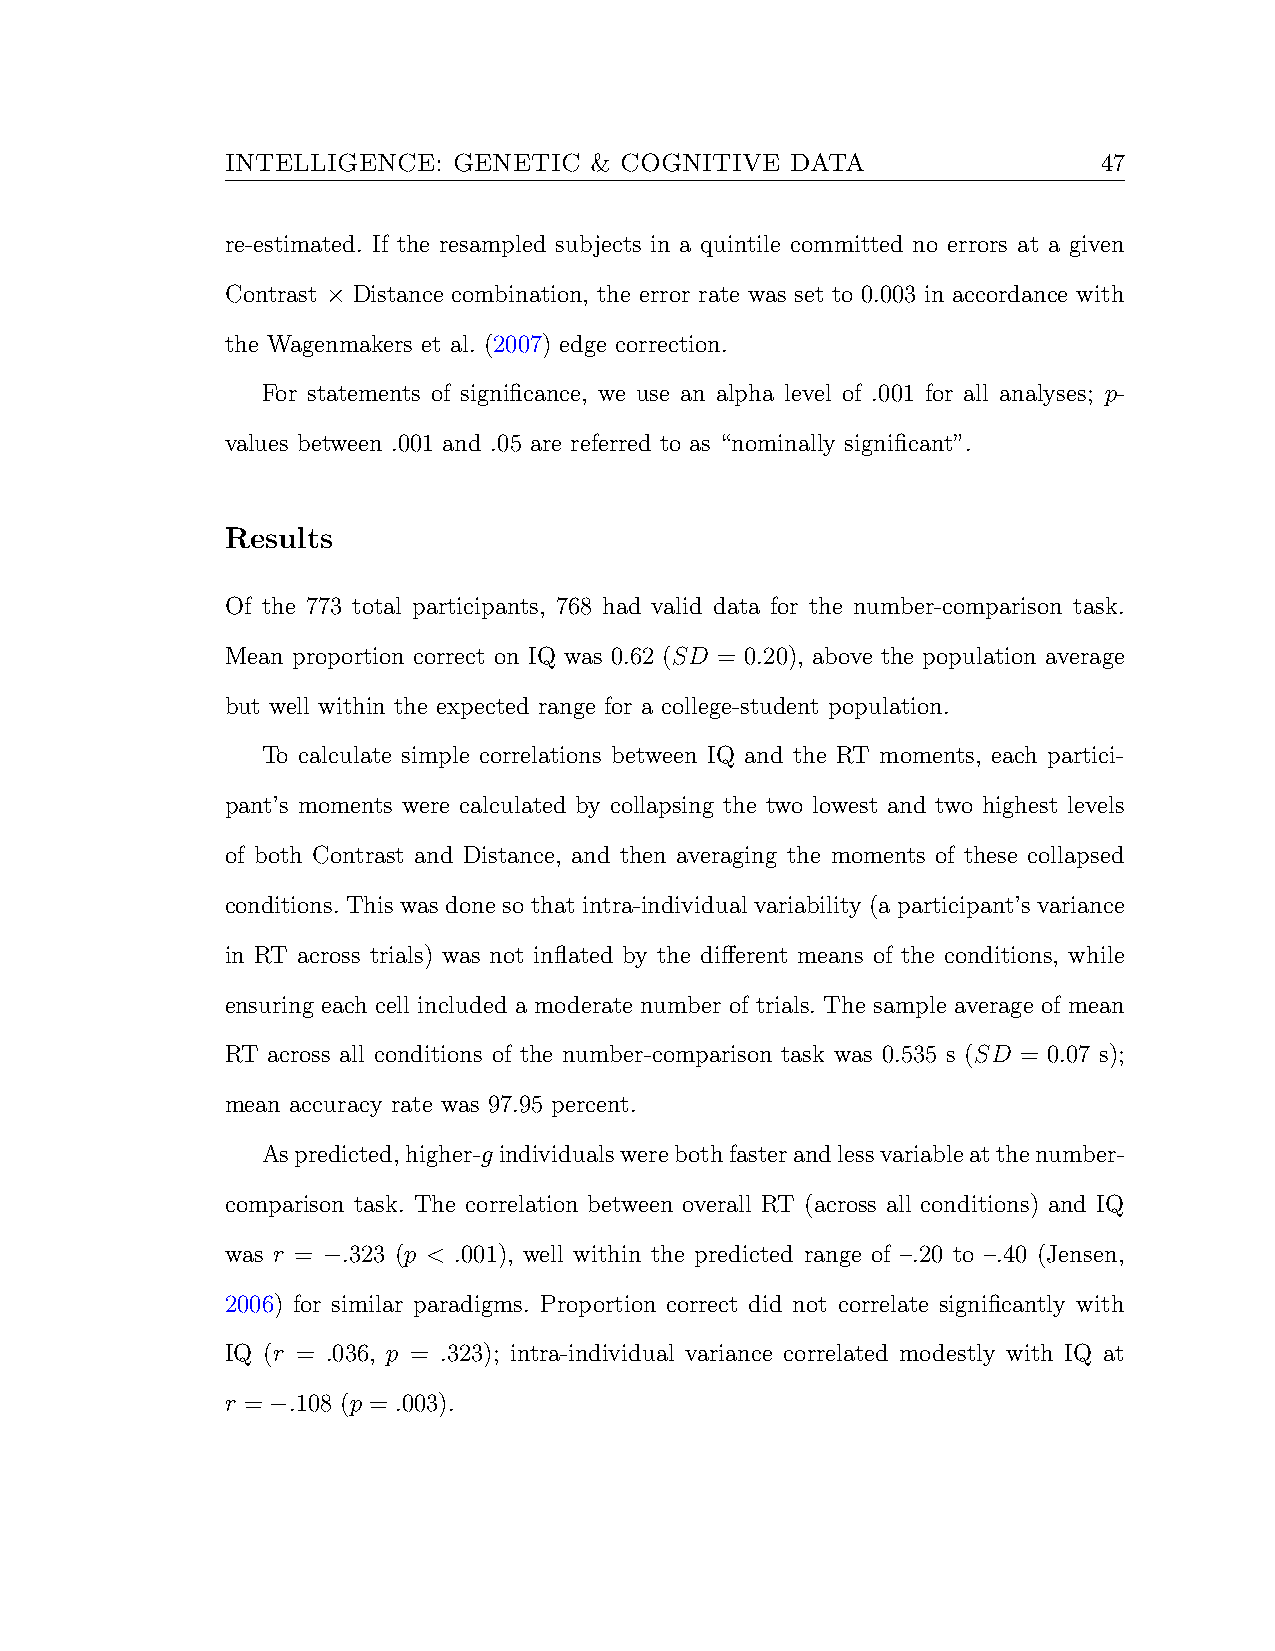
INTELLIGENCE:  GENETIC  & COGNITIVE  DATA                 47
 re-estimated. If the resampled subjects in a quintile committed no errors at a given
 Contrast × Distance combination, the error rate was set to 0.003 in accordance with
 the Wagenmakers et al. (2007) edge correction.
 For statements of significance, we use an alpha level of .001 for all analyses; p-
 values between .001 and .05 are referred to as “nominally significant”.
 Results
 Of the 773 total participants, 768 had valid data for the number-comparison task.
 Mean proportion correct on IQ was 0.62 (SD = 0.20), above the population average
 but well within the expected range for a college-student population.
 To calculate simple correlations between IQ and the RT moments, each partici-
 pant’s moments were calculated by collapsing the two lowest and two highest levels
 of both Contrast and Distance, and then averaging the moments of these collapsed
 conditions. This was done so that intra-individual variability (a participant’s variance
 in RT across trials) was not inflated by the different means of the conditions, while
 ensuring each cell included a moderate number of trials. The sample average of mean
 RT across all conditions of the number-comparison task was 0.535 s (SD = 0.07 s);
 mean accuracy rate was 97.95 percent.
 Aspredicted,higher-g individualswerebothfasterandlessvariableatthenumber-
 comparison task. The correlation between overall RT (across all conditions) and IQ
 was r = −.323 (p < .001), well within the predicted range of –.20 to –.40 (Jensen,
 2006) for similar paradigms. Proportion correct did not correlate significantly with
 IQ (r = .036, p = .323); intra-individual variance correlated modestly with IQ at
 r = −.108 (p = .003).